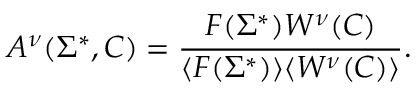
A ^ { \nu } ( \Sigma ^ { * } , C ) = { \frac { F ( \Sigma ^ { * } ) W ^ { \nu } ( C ) } { \langle F ( \Sigma ^ { * } ) \rangle \langle W ^ { \nu } ( C ) \rangle } } .